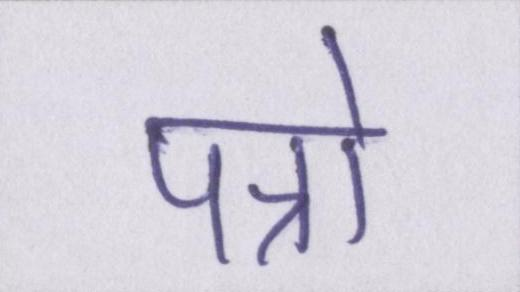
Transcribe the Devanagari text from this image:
पत्रो